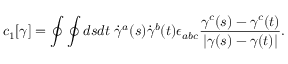
c _ { 1 } [ \gamma ] = \oint \oint d s d t \; \dot { \gamma } ^ { a } ( s ) \dot { \gamma } ^ { b } ( t ) \epsilon _ { a b c } { \frac { \gamma ^ { c } ( s ) - \gamma ^ { c } ( t ) } { | \gamma ( s ) - \gamma ( t ) | } } .